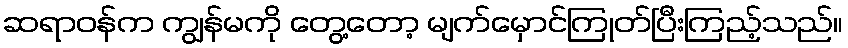
ဆရာဝန်က ကျွန်မကို တွေ့တော့ မျက်မှောင်ကြုတ်ပြီးကြည့်သည်။